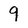
Character: 9